Treatise on elephants
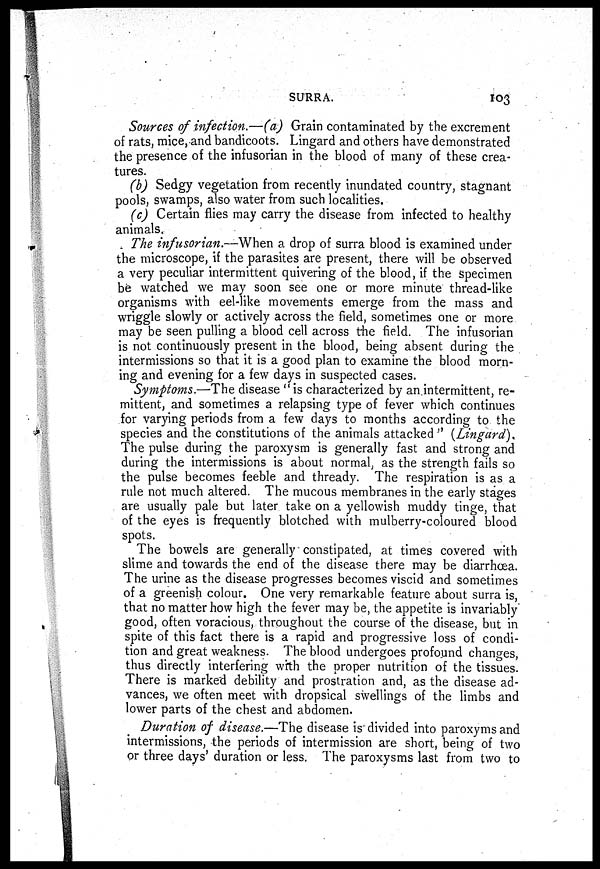
SURRA.
103
Sources of infection.—(a) Grain contaminated by the excrement
of rats, mice, and bandicoots. Lingard and others have demonstrated
the presence of the infusorian in the blood of many of these crea-
tures.
(b) Sedgy vegetation from recently inundated country, stagnant
pools, swamps, also water from such localities.
(c) Certain flies may carry the disease from infected to healthy
animals.
The infusorian.—When a drop of surra blood is examined under
the microscope, if the parasites are present, there will be observed
a very peculiar intermittent quivering of the blood, if the specimen
be watched we may soon see one or more minute thread-like
organisms with eel-like movements emerge from the mass and
wriggle slowly or actively across the field, sometimes one or more
may be seen pulling a blood cell across the field. The infusorian
is not continuously present in the blood, being absent during the
intermissions so that it is a good plan to examine the blood morn-
ing and evening for a few days in suspected cases.
Symptoms.—The disease "is characterized by an intermittent, re-
mittent, and sometimes a relapsing type of fever which continues
for varying periods from a few days to months according to the
species and the constitutions of the animals attacked" (Lingard).
The pulse during the paroxysm is generally fast and strong and
during the intermissions is about normal, as the strength fails so
the pulse becomes feeble and thready. The respiration is as a
rule not much altered. The mucous membranes in the early stages
are usually pale but later take on a yellowish muddy tinge, that
of the eyes is frequently blotched with mulberry-coloured blood
spots.
The bowels are generally constipated, at times covered with
slime and towards the end of the disease there may be diarrhœa.
The urine as the disease progresses becomes viscid and sometimes
of a greenish colour. One very remarkable feature about surra is,
that no matter how high the fever may be, the appetite is invariably
good, often voracious, throughout the course of the disease, but in
spite of this fact there is a rapid and progressive loss of condi-
tion and great weakness. The blood undergoes profound changes,
thus directly interfering with the proper nutrition of the tissues.
There is marked debility and prostration and, as the disease ad-
vances, we often meet with dropsical swellings of the limbs and
lower parts of the chest and abdomen.
Duration of disease.—The disease is divided into paroxyms and
intermissions, the periods of intermission are short, being of two
or three days' duration or less. The paroxysms last from two to